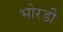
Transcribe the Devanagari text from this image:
भोरडी